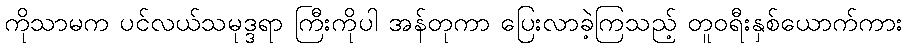
ကိုသာမက ပင်လယ်သမုဒ္ဒရာ ကြီးကိုပါ အန်တုကာ ပြေးလာခဲ့ကြသည့် တူဝရီးနှစ်ယောက်ကား